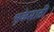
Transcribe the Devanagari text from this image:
भुकेसाठी